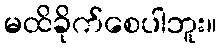
မထိခိုက်စေပါဘူး။